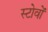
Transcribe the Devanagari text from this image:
स्टोवों